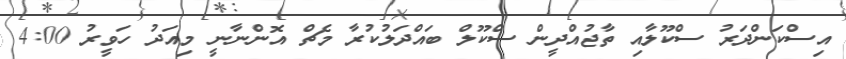
އިސްކަންދަރު ސްކޫލާއި ތާޖުއްދީން ސްކޫލް ބައްދަލުކުރާ މެޗް އޮންނާނީ މިއަދު ހަވީރު 4:00